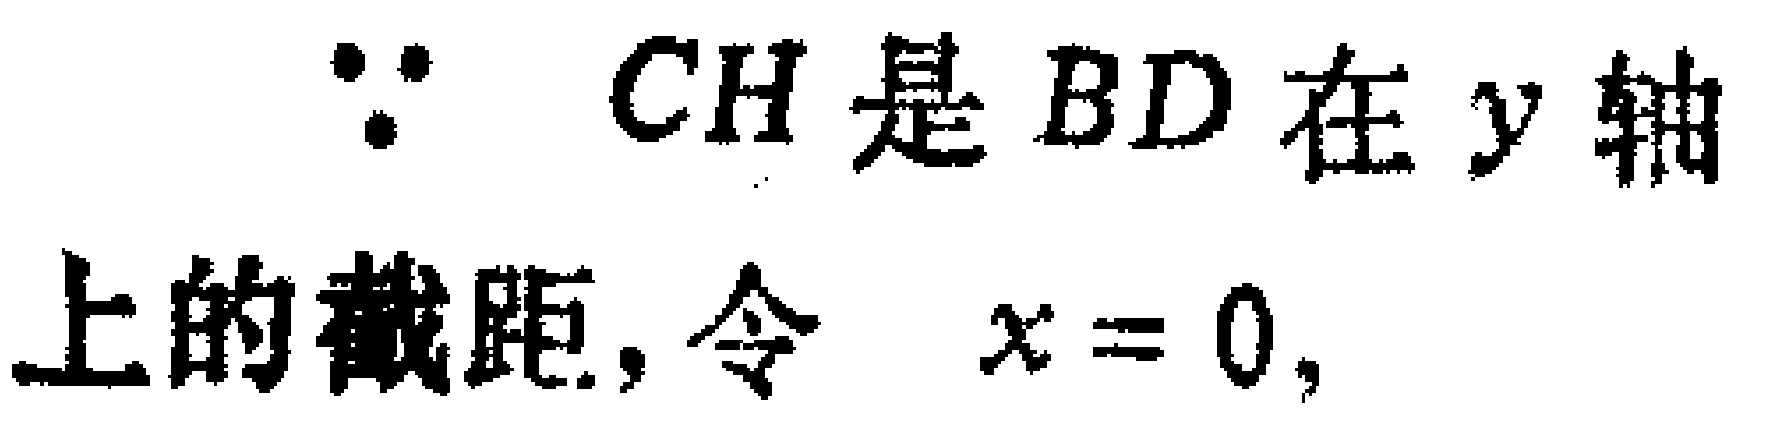
$\because\ CH是BD在y轴上的截距,令\ x = 0,$